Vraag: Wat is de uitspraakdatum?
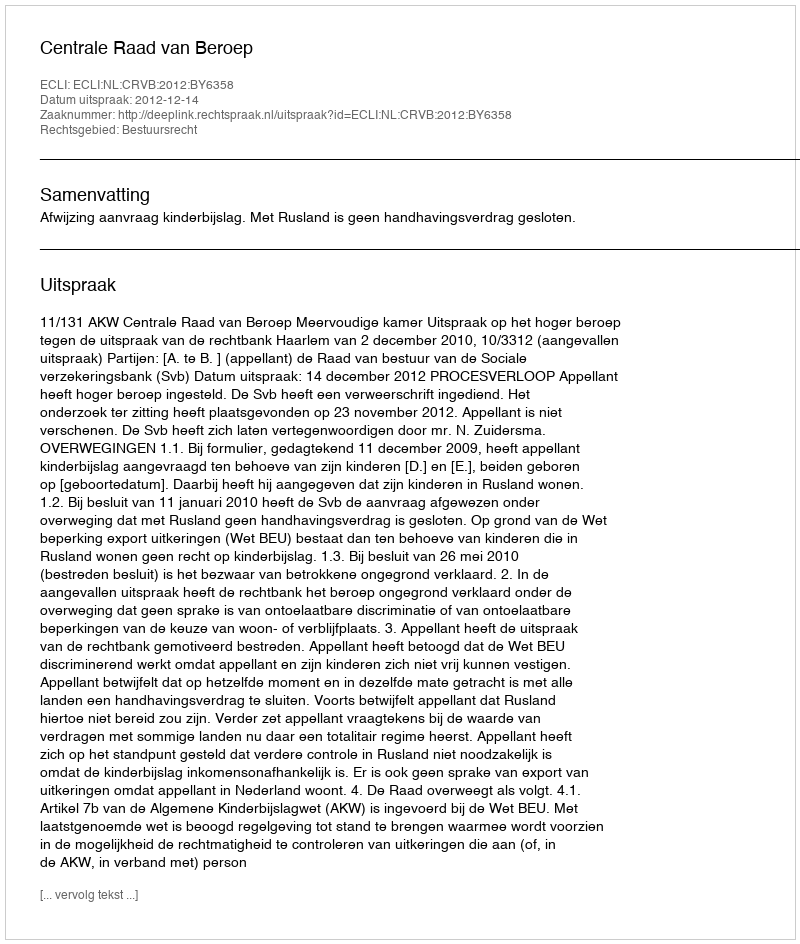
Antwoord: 2012-12-14